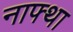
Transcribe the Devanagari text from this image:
नाफ्था